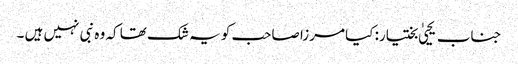
جناب یحییٰ بختیار: کیا مرزا صاحب کو یہ شک تھا کہ وہ نبی نہیں ہیں ۔